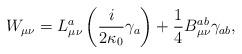
LaTeX: \begin{align*}W_{\mu\nu}=L_{\mu\nu}^{a}\left( \frac{i}{2\kappa_{0}}\gamma_{a}\right)+\frac{1}{4}B_{\mu\nu}^{ab}\gamma_{ab},\end{align*}